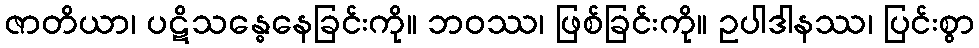
ဇာတိယာ၊ ပဋိသန္ဓေနေခြင်းကို။ ဘဝဿ၊ ဖြစ်ခြင်းကို။ ဥပါဒါနဿ၊ ပြင်းစွာ